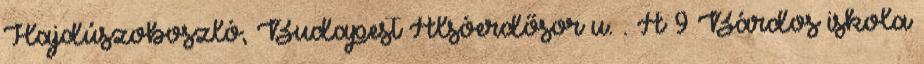
Hajdúszoboszló, Budapest Alsóerdősor u. . A 9 Bárdos iskola